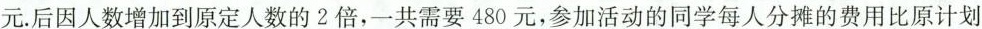
元.后因人数增加到原定人数的2倍，一共需要480元，参加活动的同学每人分摊的费用比原计划